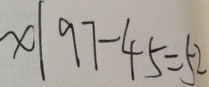
x \vert 9 7 - 4 5 = 5 2